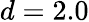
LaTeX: d=2.0